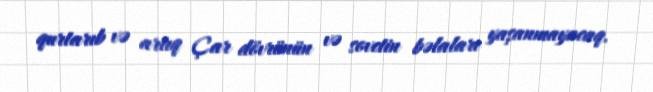
qurtarıb və artıq Çar dövrünün və sovetin bəlaları yaşanmayacaq.